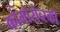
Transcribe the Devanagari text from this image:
कोमोरोव्स्की